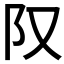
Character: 𨸕